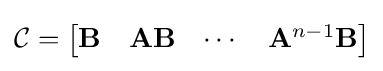
{\mathcal {C}}={\begin{bmatrix}\mathbf {B} &\mathbf {AB} &\cdots &\mathbf {A} ^{n-1}\mathbf {B} \end{bmatrix}}